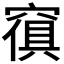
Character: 𱷒